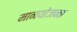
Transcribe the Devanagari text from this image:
मानयोजना